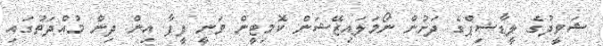
ޝަވީދުގެ ލީޑާޝިޕްގެ ދަށުން ނޯމަލައިޒޭޝަން ކޮމިޓީން ވަނީ ފީފާ އިން ދިން މުއްދަތުގައި